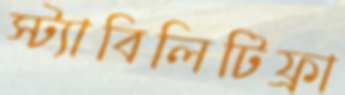
স্ট্যাবিলিটিফ্রা